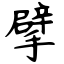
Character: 擘